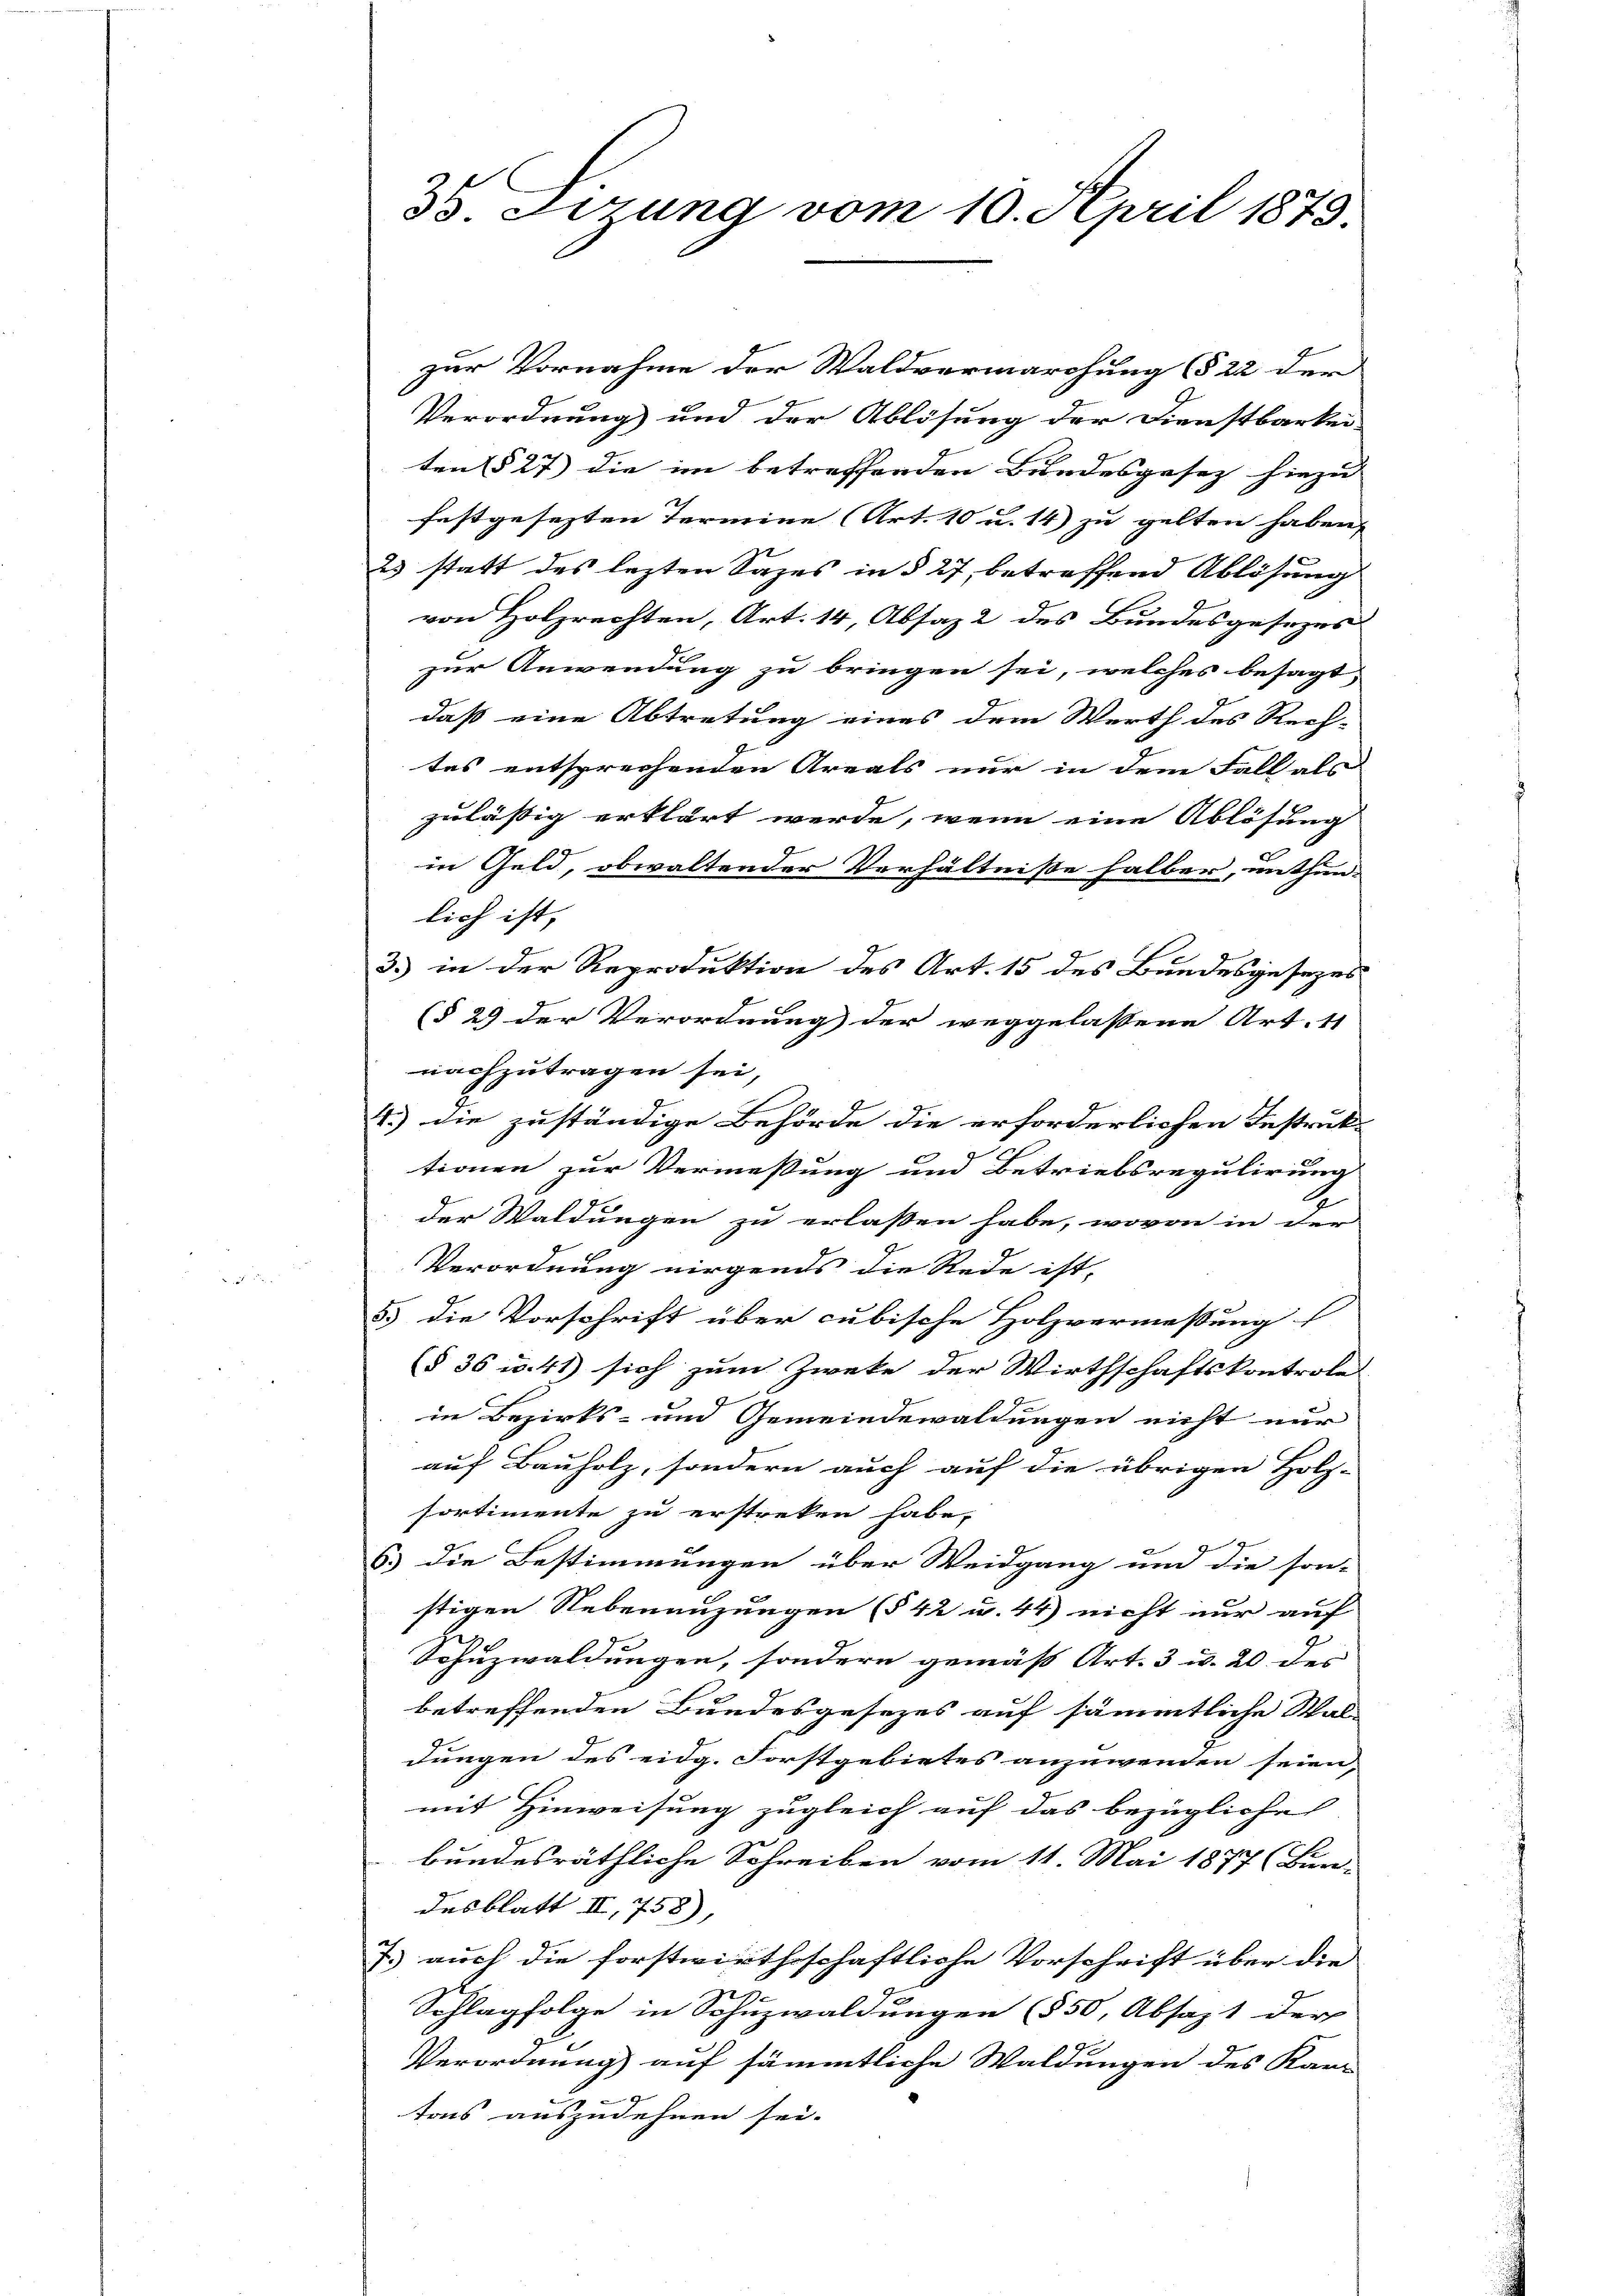
35 Sizung vom 10. April 1873.

zur Vornahme der Waldvermarchung (§ 22 der
Verordnung und der Ablösung der Dienstbarkei-
ten § 27) die im betreffenden Bundesgesetz hinzu
festgesezten Termine (Art. 10 u. 14) zu gelten haben,
e
23 statt des lezten Sazes in § 27, betreffend Ablösung
von Holzrechten, Art. 14, Absaz 2 des Bundesgesezes
zur Anwendung zu bringen sei, welches besagt,
daß eine Abtretung eines dem Werth des Rech-
tes entsprechenden Areals nur in dem Fall als
zulässig erklärt werde, wenn eine Ablösung
in Geld, obwaltender Verhältniße halber, unthun
lich ist,
3.) in der Reproduktion des Art. 15 des Bundesgesezes
(§ 29 der Verordnung der weggelassene Art. 11
nachzutragen sei,
1.) die zuständige Behörde die erforderlichen Instruk-
tionen zur Vermessung und Betriebsregulirung
der Waldungen zu erlassen habe, wovon in der
Verordnung nirgends die Rede ist,
5.) die Vorschrift über cubische Holzvermessung
(§ 36 u. 41) sich zum Zweke der Wirthschaftskontrole
7
in Bezirks- um Gemeindewaldungen nicht nur
auf Bauholz, sondern auch auf die übrigen Holz-
Portimente zu erstreken habe.
6. die Bestimmungen über Weidgang und die son-
stigen Nebenenzungen (§ 42 u. 44) nicht nur auf
Sohnzwaldungen, sondern gemäß Art. 3 u. 20 des
betreffenden Bundesgesezes auf sämmtliche Wal-
dungen des eidg. Forstgebietes anzuwenden seien,
mit Hinweisung zugleich auf das bezügliche
bundesräthliche Schreiben vom 11. Mai 1877 (Bur-
desblatt III 758),
7. auch die forstwirthschaftliche Vorschrift über die
r
Schlagfolge in Ohnzwaldungen (§ 50, Absagt der
Verordnung auf sämmtliche Waldungen des Kar-
n
tons auszudehnen sei.